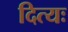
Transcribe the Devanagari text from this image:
दित्यः